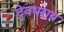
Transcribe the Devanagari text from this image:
देवधराय